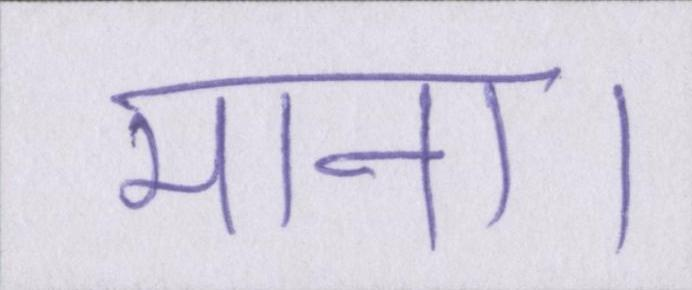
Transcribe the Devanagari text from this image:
माना।